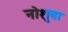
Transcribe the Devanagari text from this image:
नोशुवा